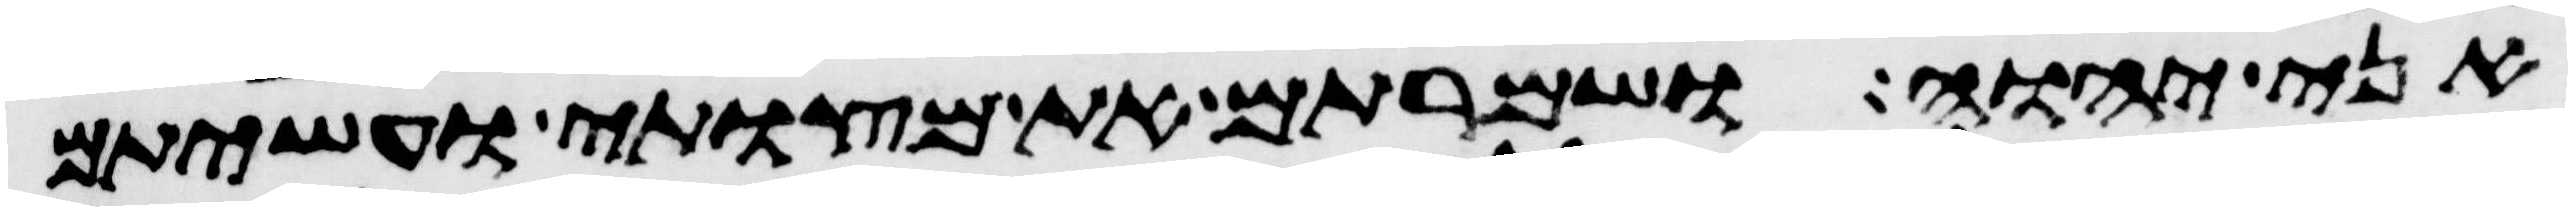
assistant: אני יהוה ושמרתם את מצותי ועשיתם